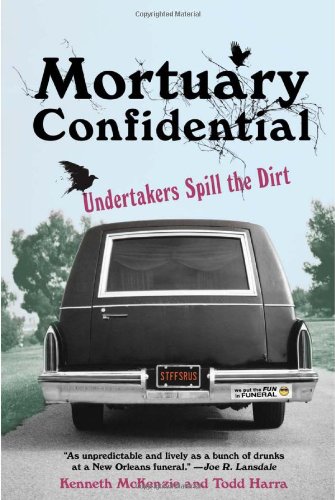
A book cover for Mortuary Confidential: Undertakers Spill the Dirt; Todd Harra; Self-Help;